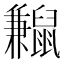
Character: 𪕼